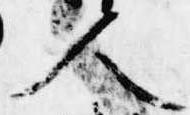
人